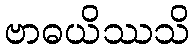
ဗာဓယိဿသိ